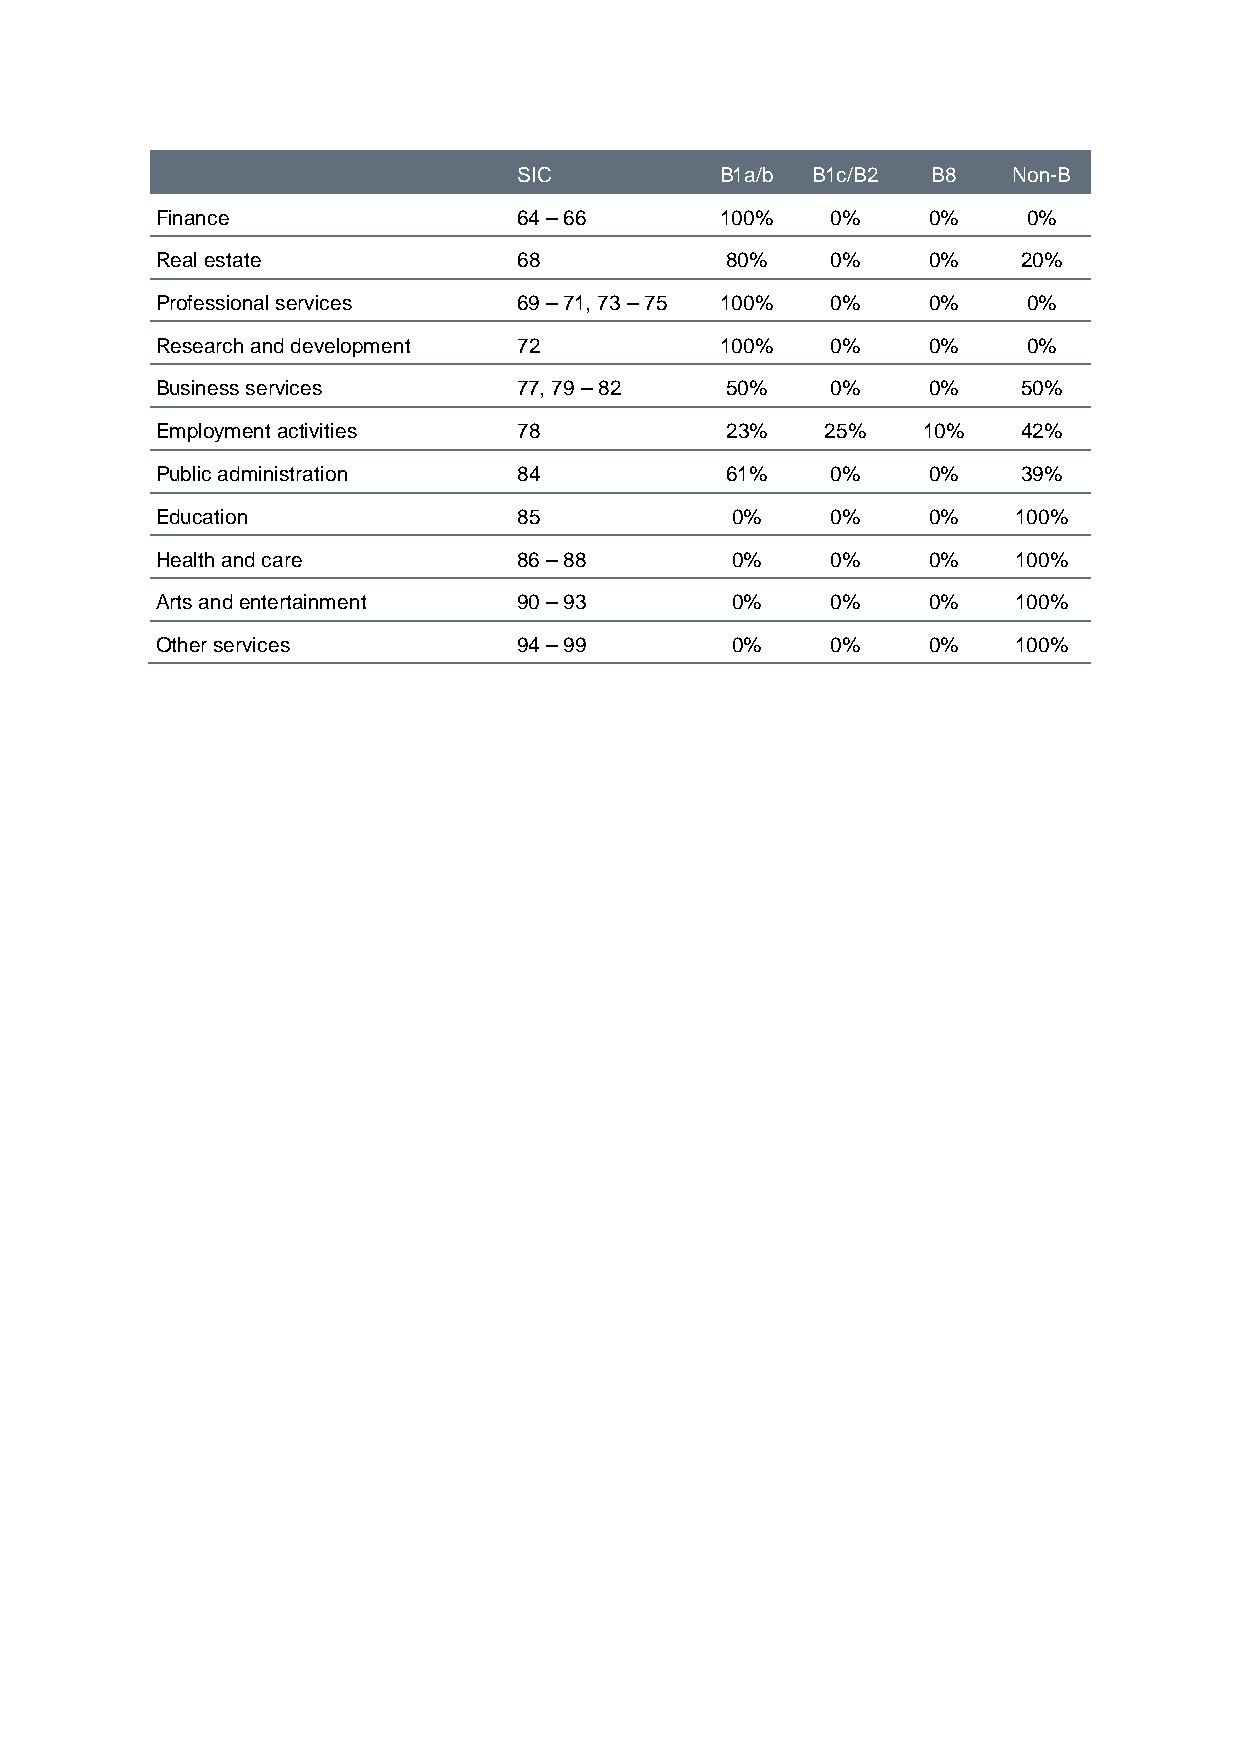
SIC           B1a/b B1c/B2  B8   Non-B
 Finance                 64 – 66       100%   0%    0%     0%
 Real estate             68            80%    0%    0%     20%
 Professional services   69 – 71, 73 – 75 100% 0%   0%     0%
 Research and development 72           100%   0%    0%     0%
 Business services       77, 79 – 82   50%    0%    0%     50%
 Employment activities   78            23%    25%   10%    42%
 Public administration   84            61%    0%    0%     39%
 Education               85            0%     0%    0%    100%
 Health and care         86 – 88       0%     0%    0%    100%
 Arts and entertainment  90 – 93       0%     0%    0%    100%
 Other services          94 – 99       0%     0%    0%    100%